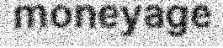
moneyage